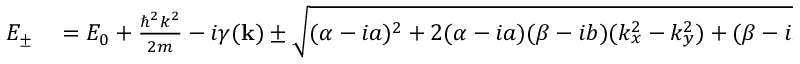
\begin{array} { r l } { E _ { \pm } } & { { } = E _ { 0 } + \frac { \hbar ^ { 2 } k ^ { 2 } } { 2 m } - i \gamma ( \mathbf { k } ) \pm \sqrt { ( \alpha - i a ) ^ { 2 } + 2 ( \alpha - i a ) ( \beta - i b ) ( k _ { x } ^ { 2 } - k _ { y } ^ { 2 } ) + ( \beta - i b ) ^ { 2 } k ^ { 4 } + \Delta ^ { 2 } } } \end{array}